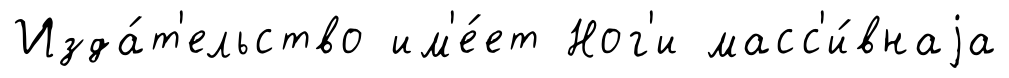
Изда́т'ельство им'е́ет Ног'и масс'и́внаjа